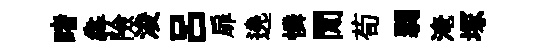
睹犇險浚呂扉遶憐閒荀弱淹塚